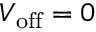
V _ { \mathrm { o f f } } = 0